38_143685_box7_Incident_Summaries_1-100
Agency: Department of War
Page 22
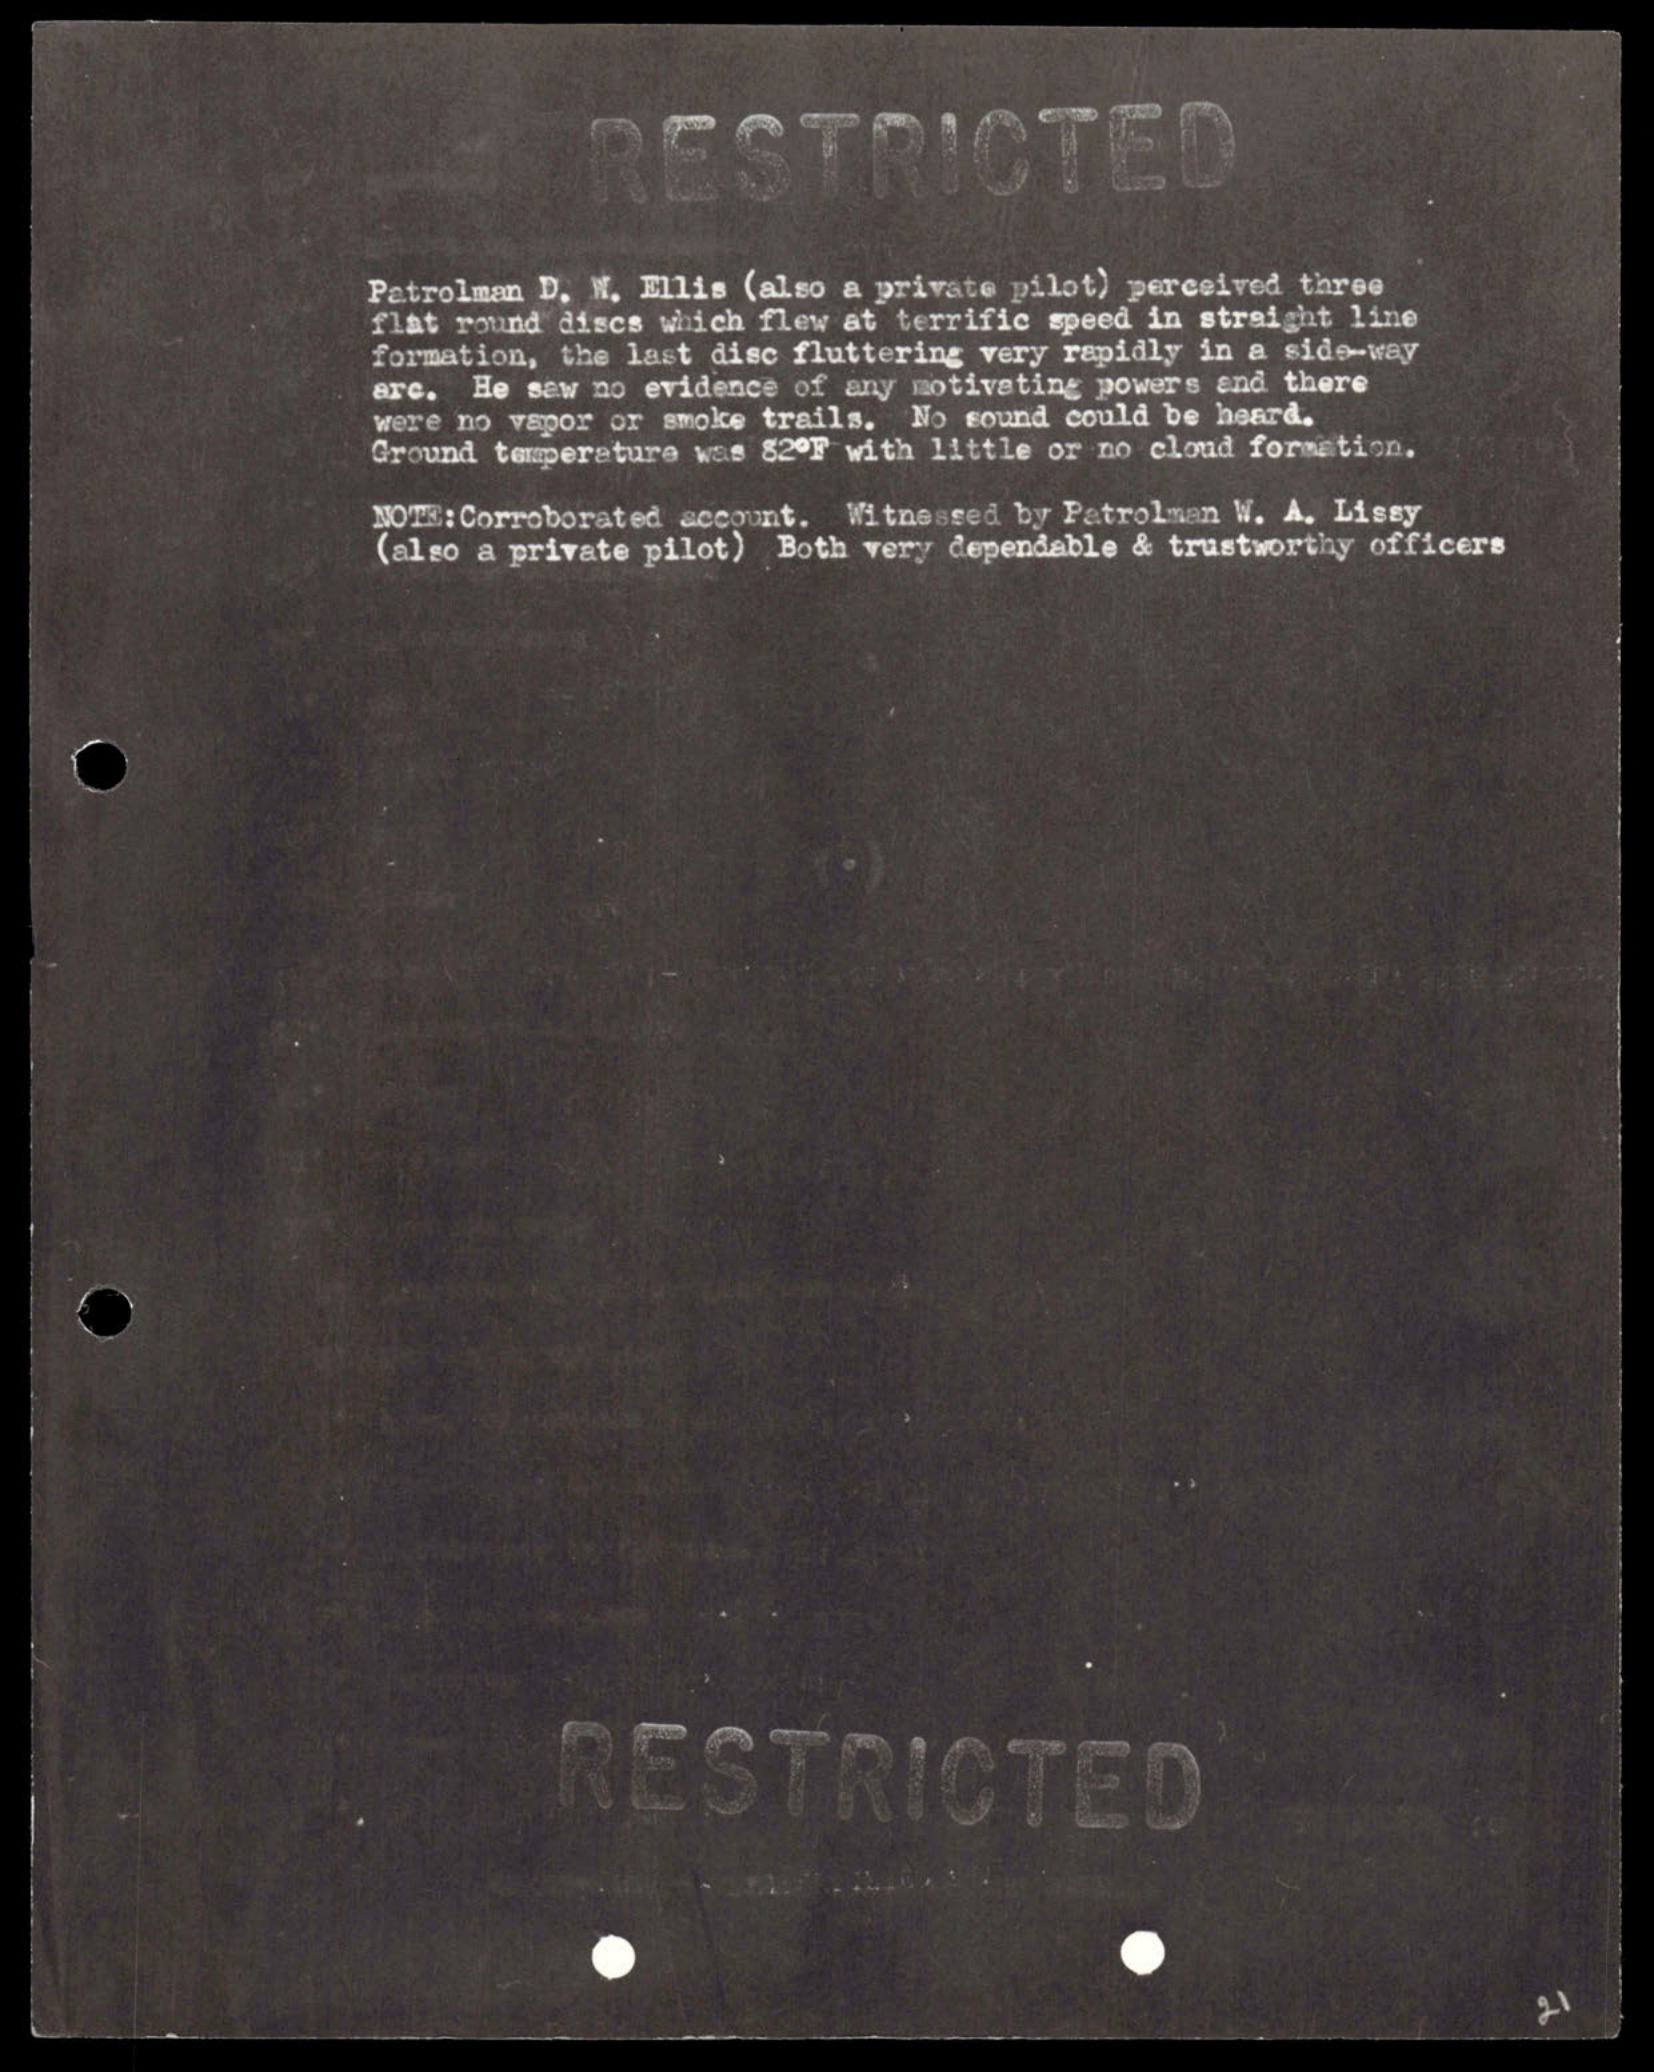